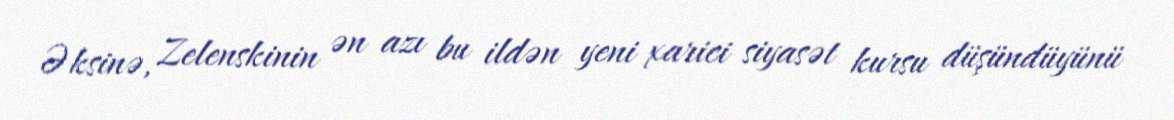
Əksinə, Zelenskinin ən azı bu ildən yeni xarici siyasət kursu düşündüyünü